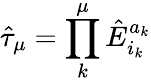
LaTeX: \hat{\tau}_{\mu}=\prod_{k}^{\mu}\hat{E}_{i_{k}}^{a_{k}}